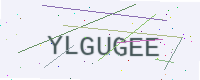
Text: YLGUGEE